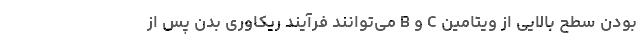
بودن سطح بالایی از ویتامین C و B می‌توانند فرآیند ریکاوری بدن پس از